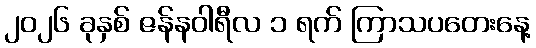
၂၀၂၆ ခုနှစ် ဇန်နဝါရီလ ၁ ရက် ကြာသပတေးနေ့